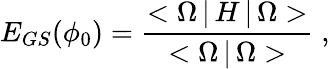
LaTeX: E_{GS}(\phi_{0})={\frac{<\Omega\, |\, H\, |\, \Omega>}{<\Omega\, |\, \Omega>}}\; ,